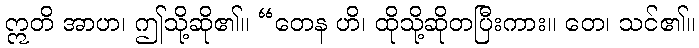
ဣတိ အာဟ၊ ဤသို့ဆို၏။ “တေန ဟိ၊ ထိုသို့ဆိုတပြီးကား။ တေ၊ သင်၏။